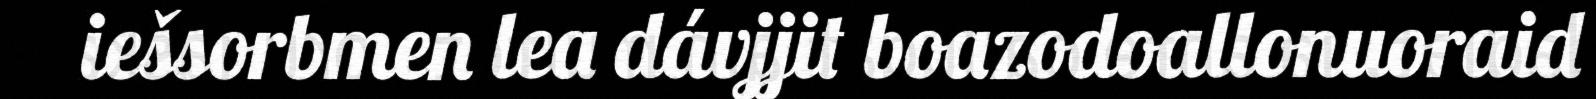
iešsorbmen lea dávjjit boazodoallonuoraid